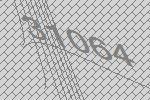
31064